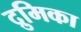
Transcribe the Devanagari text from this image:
द्रुमिका